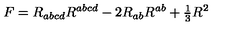
F = R _ { a b c d } R ^ { a b c d } - 2 R _ { a b } R ^ { a b } + { \textstyle { \frac { 1 } { 3 } } } R ^ { 2 }